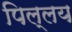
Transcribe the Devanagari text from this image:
पिल्लय